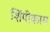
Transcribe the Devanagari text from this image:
शिंपीकाम